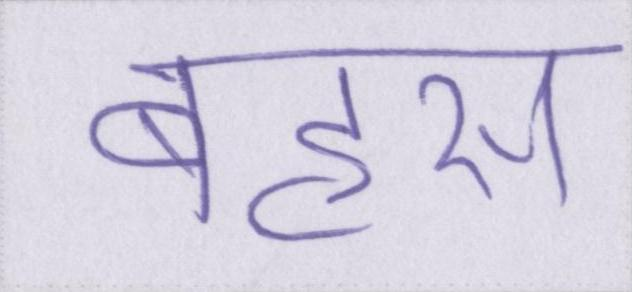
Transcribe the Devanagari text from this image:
बहस